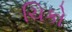
ચિકો